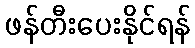
ဖန်တီးပေးနိုင်ရန်